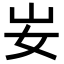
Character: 𡚴